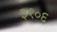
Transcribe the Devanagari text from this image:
३१०६